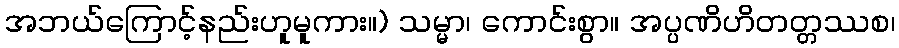
အဘယ်ကြောင့်နည်းဟူမူကား။) သမ္မာ၊ ကောင်းစွာ။ အပ္ပဏိဟိတတ္တဿစ၊